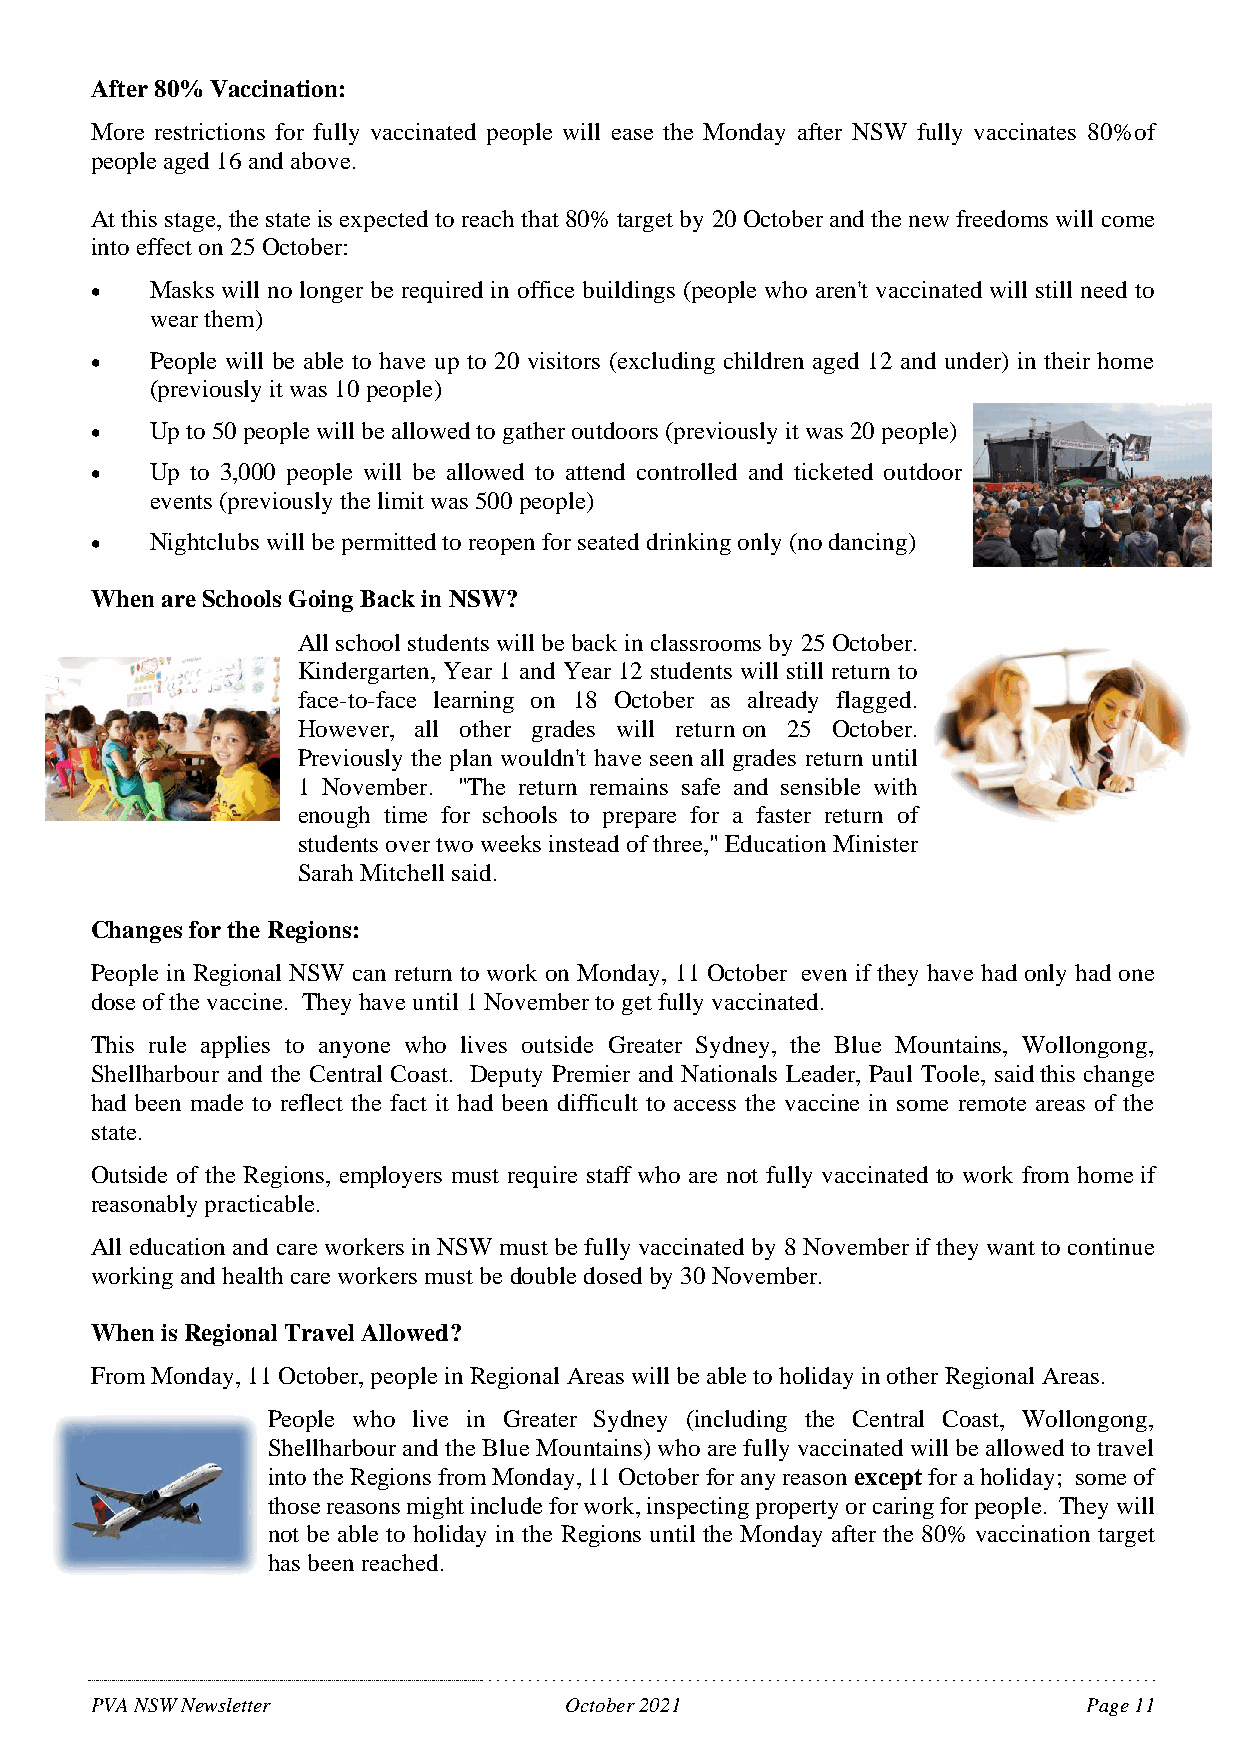
After 80% Vaccination:
 More restrictions for fully vaccinated people will ease the Monday after NSW fully vaccinates 80%of
 people aged 16 and above.
 At this stage, the state is expected to reach that 80% target by 20 October and the new freedoms will come
 into effect on 25 October:
 •   Masks will no longer be required in office buildings (people who aren't vaccinated will still need to
 wear them)
 •   People will be able to have up to 20 visitors (excluding children aged 12 and under) in their home
 (previously it was 10 people)
 •   Up to 50 people will be allowed to gather outdoors (previously it was 20 people)
 •   Up to 3,000 people will be allowed to attend controlled and ticketed outdoor
 events (previously the limit was 500 people)
 •   Nightclubs will be permitted to reopen for seated drinking only (no dancing)
 When are Schools Going Back in NSW?
 All school students will be back in classrooms by 25 October.
 Kindergarten, Year 1 and Year 12 students will still return to
 face-to-face learning on 18 October as already flagged.
 However, all other grades will return on 25 October.
 Previously the plan wouldn't have seen all grades return until
 1 November. "The return remains safe and sensible with
 enough time for schools to prepare for a faster return of
 students over two weeks instead of three," Education Minister
 Sarah Mitchell said.
 Changes for the Regions:
 People in Regional NSW can return to work on Monday, 11 October even if they have had only had one
 dose of the vaccine. They have until 1 November to get fully vaccinated.
 This rule applies to anyone who lives outside Greater Sydney, the Blue Mountains, Wollongong,
 Shellharbour and the Central Coast. Deputy Premier and Nationals Leader, Paul Toole, said this change
 had been made to reflect the fact it had been difficult to access the vaccine in some remote areas of the
 state.
 Outside of the Regions, employers must require staff who are not fully vaccinated to work from home if
 reasonably practicable.
 All education and care workers in NSW must be fully vaccinated by 8 November if they want to continue
 working and health care workers must be double dosed by 30 November.
 When is Regional Travel Allowed?
 From Monday, 11 October, people in Regional Areas will be able to holiday in other Regional Areas.
 People who live in Greater Sydney (including the Central Coast, Wollongong,
 Shellharbour and the Blue Mountains) who are fully vaccinated will be allowed to travel
 into the Regions from Monday, 11 October for any reason except for a holiday; some of
 those reasons might include for work, inspecting property or caring for people. They will
 not be able to holiday in the Regions until the Monday after the 80% vaccination target
 has been reached.
 PVA NSW Newsletter             October 2021                       Page 11